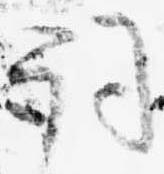
詞